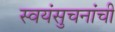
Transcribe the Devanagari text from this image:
स्वयंसुचनांची